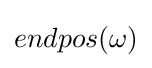
endpos(\omega )